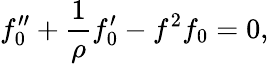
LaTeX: f_{0}^{\prime\prime}+\frac 1\rho f_{0}^{\prime}-f^{2}f_{0}=0,